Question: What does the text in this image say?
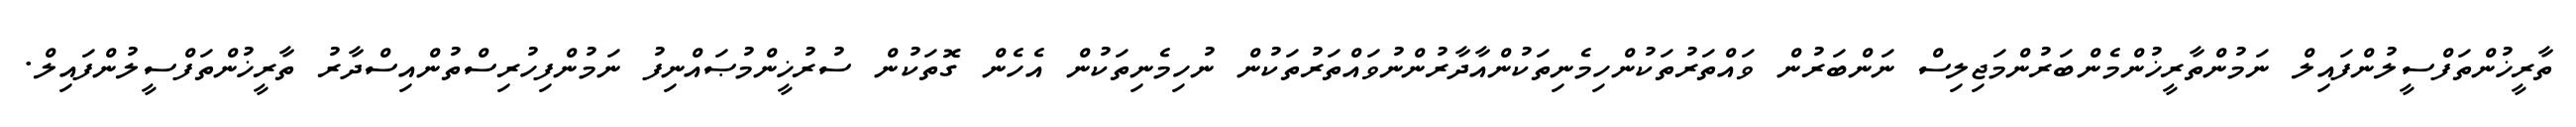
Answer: ތާރީޚުންތަފްސީލުންފައިލް ނަމުންތާރީޚުންމެންބަރުންމަޖިލިސް ނަންބަރުން ވައްތަރުތަކުންހިމެނިތަކުންއާދާރުންނުވައްތަރުތަކުން ނުހިމެނިތަކުން އެހެން ގޮތަކުން ސުރުޚީންމުޞައްނިފު ނަމުންފިހުރިސްތުންއިސްދާރު ތާރީޚުންތަފްސީލުންފައިލް.